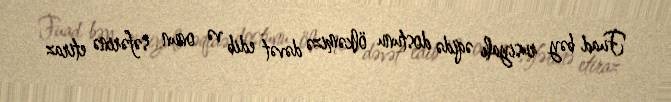
Fuad bəy rusiyalı əqidə dostunu ölkəmizə dəvət edib və onun səfərinə etiraz